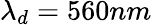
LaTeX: \lambda_{d}=560nm